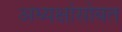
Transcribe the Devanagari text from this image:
अध्यक्षांसोबत